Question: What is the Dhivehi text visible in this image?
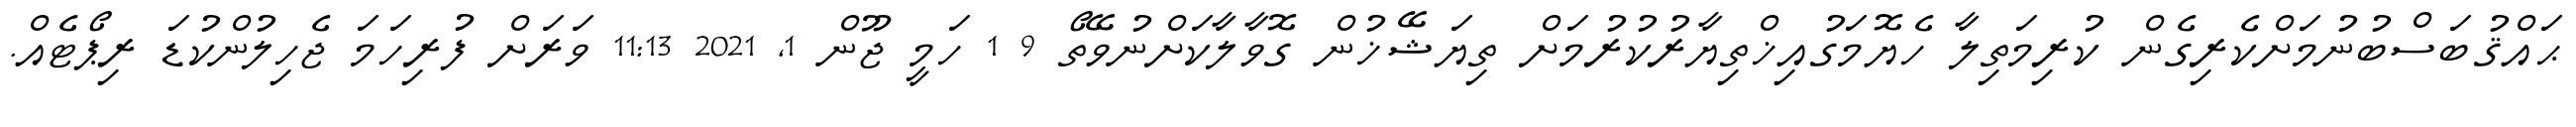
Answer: ޙައްޤުބަސްބުނުމަށްކެރިގެން ކުރިމަތިލާ ހެޔޮމަގުއިޚްތިޔާރުކުރުމަށް ތިޔަޝޭޚުން ގޮވާލާކަށްނުވޭތޯ 9 1 ހަމީ ޖޫން 1, 2021 11:13 ވަރަށް ފުރިހަމަ ޖެހިލުންކުޑަ ރިޕޯޓެއް.